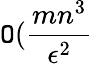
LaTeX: \mathtt{O}(\frac{{mn^{3}}}{{\epsilon^{2}}}